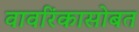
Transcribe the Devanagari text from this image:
वावरिंकासोबत